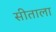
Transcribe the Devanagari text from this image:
सीताला